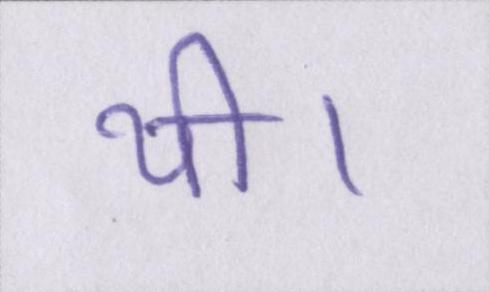
थी।